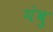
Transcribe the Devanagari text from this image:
यंबु